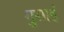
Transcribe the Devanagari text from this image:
गुसाईँ